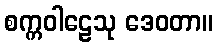
စက္ကဝါဠေသု ဒေဝတာ။